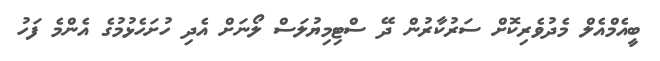
ބީއެމްއެލް މެދުވެރިކޮށް ސަރުކާރުން ދޭ ސްޓިމިޔުލަސް ލޯނަށް އެދި ހުށަހެޅުމުގެ އެންމެ ފަހު